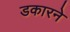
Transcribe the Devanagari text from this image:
डकारने